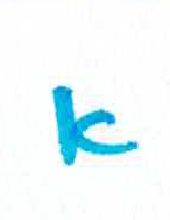
אות: א